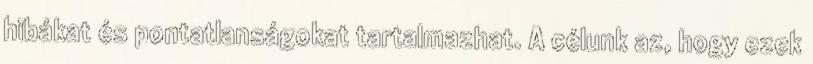
hibákat és pontatlanságokat tartalmazhat. A célunk az, hogy ezek